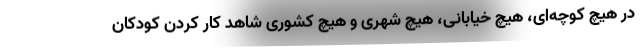
در هیچ کوچه‌ای، هیچ خیابانی، هیچ شهری و هیچ کشوری شاهد کار کردن کودکان